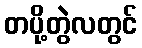
တပို့တွဲလတွင်